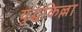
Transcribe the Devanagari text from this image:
युद्धकिल्ला